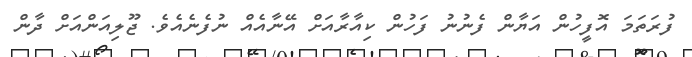
ފުރަތަމަ އޮފީހުން އަޔާން ފެނުނު ފަހުން ކިއާރާއަށް އޭނާއެއް ނުފެނެއެވެ. ޖޫލިއަންއަށް ދާން